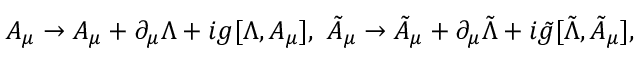
A _ { \mu } \to A _ { \mu } + \partial _ { \mu } \Lambda + i g [ \Lambda , A _ { \mu } ] , \ \tilde { A } _ { \mu } \to \tilde { A } _ { \mu } + \partial _ { \mu } \tilde { \Lambda } + i \tilde { g } [ \tilde { \Lambda } , \tilde { A } _ { \mu } ] ,